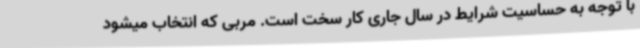
با توجه به حساسیت شرایط در سال جاری کار سخت است. مربی که انتخاب میشود